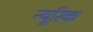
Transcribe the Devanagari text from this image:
न्यूरिक